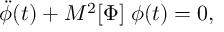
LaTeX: \ddot { \phi } ( t ) + M ^ { 2 } [ \Phi ] \; \phi ( t ) = 0 ,